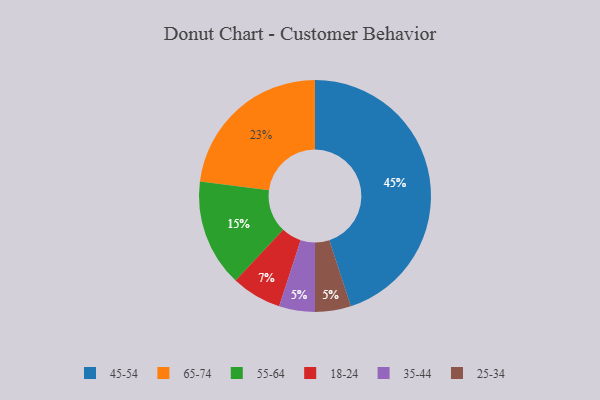
{"axis": {"x": "Category", "y": "Percentage"}, "legend": ["18-24", "25-34", "35-44", "45-54", "55-64", "65-74"], "data": [{"x": "18-24", "y": 7, "type": "18-24"}, {"x": "35-44", "y": 5, "type": "35-44"}, {"x": "45-54", "y": 45, "type": "45-54"}, {"x": "65-74", "y": 23, "type": "65-74"}, {"x": "25-34", "y": 5, "type": "25-34"}, {"x": "55-64", "y": 15, "type": "55-64"}]}